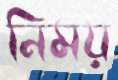
নিময়